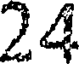
24